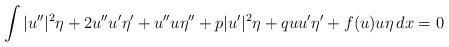
LaTeX: \begin{align*} \int |u''|^2 \eta+ 2 u'' u' \eta'+ u'' u \eta''+p |u'|^2 \eta+ qu u' \eta'+ f(u) u \eta\, dx= 0 \end{align*}